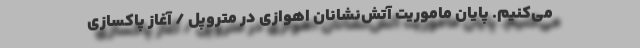
می‌کنیم. پایان ماموریت آتش‌نشانان اهوازی در متروپل / آغاز پاکسازی